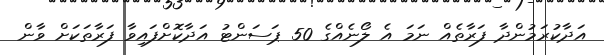
އަދާކުރަމުންދާ ފަރާތެއް ނަމަ އެ ލޯނެއްގެ 50 ޕަސަންޓު އަދާކޮށްފައިވާ ފަރާތަކަށް ވާން